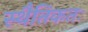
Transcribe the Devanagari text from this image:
स्थैतिकतः